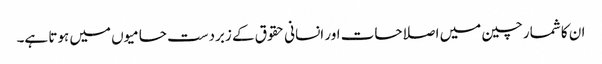
ان کا شمار چین میں اصلاحات اور انسانی حقوق کے زبردست حامیوں میں ہوتا ہے۔